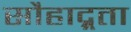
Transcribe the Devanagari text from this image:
सौहाद्र्रता